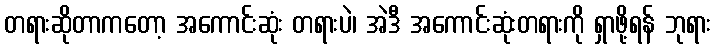
တရားဆိုတာကတော့ အကောင်းဆုံး တရားပဲ၊ အဲဒီ အကောင်းဆုံးတရားကို ရှာဖို့ရန် ဘုရား